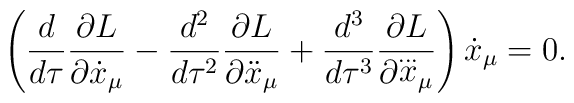
\left(\frac{d}{d\tau}\frac{\partial L}{\partial{\dot x}_\mu}-\frac{d^2}{d\tau^2}\frac{\partial L}{\partial{\ddot x}_\mu}+\frac{d^3}{d\tau^3}\frac{\partial L}{\partial{\stackrel{\ldots}{x}}_\mu}\right){\dot x}_\mu=0.